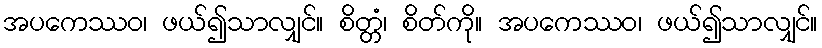
အပကေဿဝ၊ ဖယ်၍သာလျှင်။ စိတ္တံ၊ စိတ်ကို။ အပကေဿဝ၊ ဖယ်၍သာလျှင်။